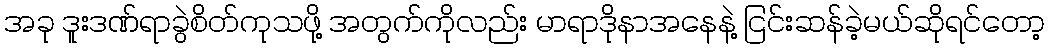
အခု ဒူးဒဏ်ရာခွဲစိတ်ကုသဖို့ အတွက်ကိုလည်း မာရာဒိုနာအနေနဲ့ ငြင်းဆန်ခဲ့မယ်ဆိုရင်တော့